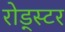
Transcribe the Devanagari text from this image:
रोड्स्टर